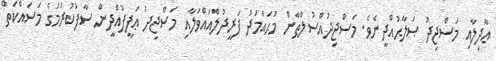
ޢާދިލާއި މަސްޖިދު ޞަލާޙުއްދީނެވެ. މަސްޖިދުއްސުލްޠާން މުޙައްމަދު ފަރީދުލްއައްވަލާއި މަސްޖިދު ޢަފީފުއްދީން ސާފުކުރުމުގެ މަސައްކަތް